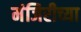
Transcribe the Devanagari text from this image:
मंजिरीच्या